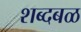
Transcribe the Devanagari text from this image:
शब्दबळ